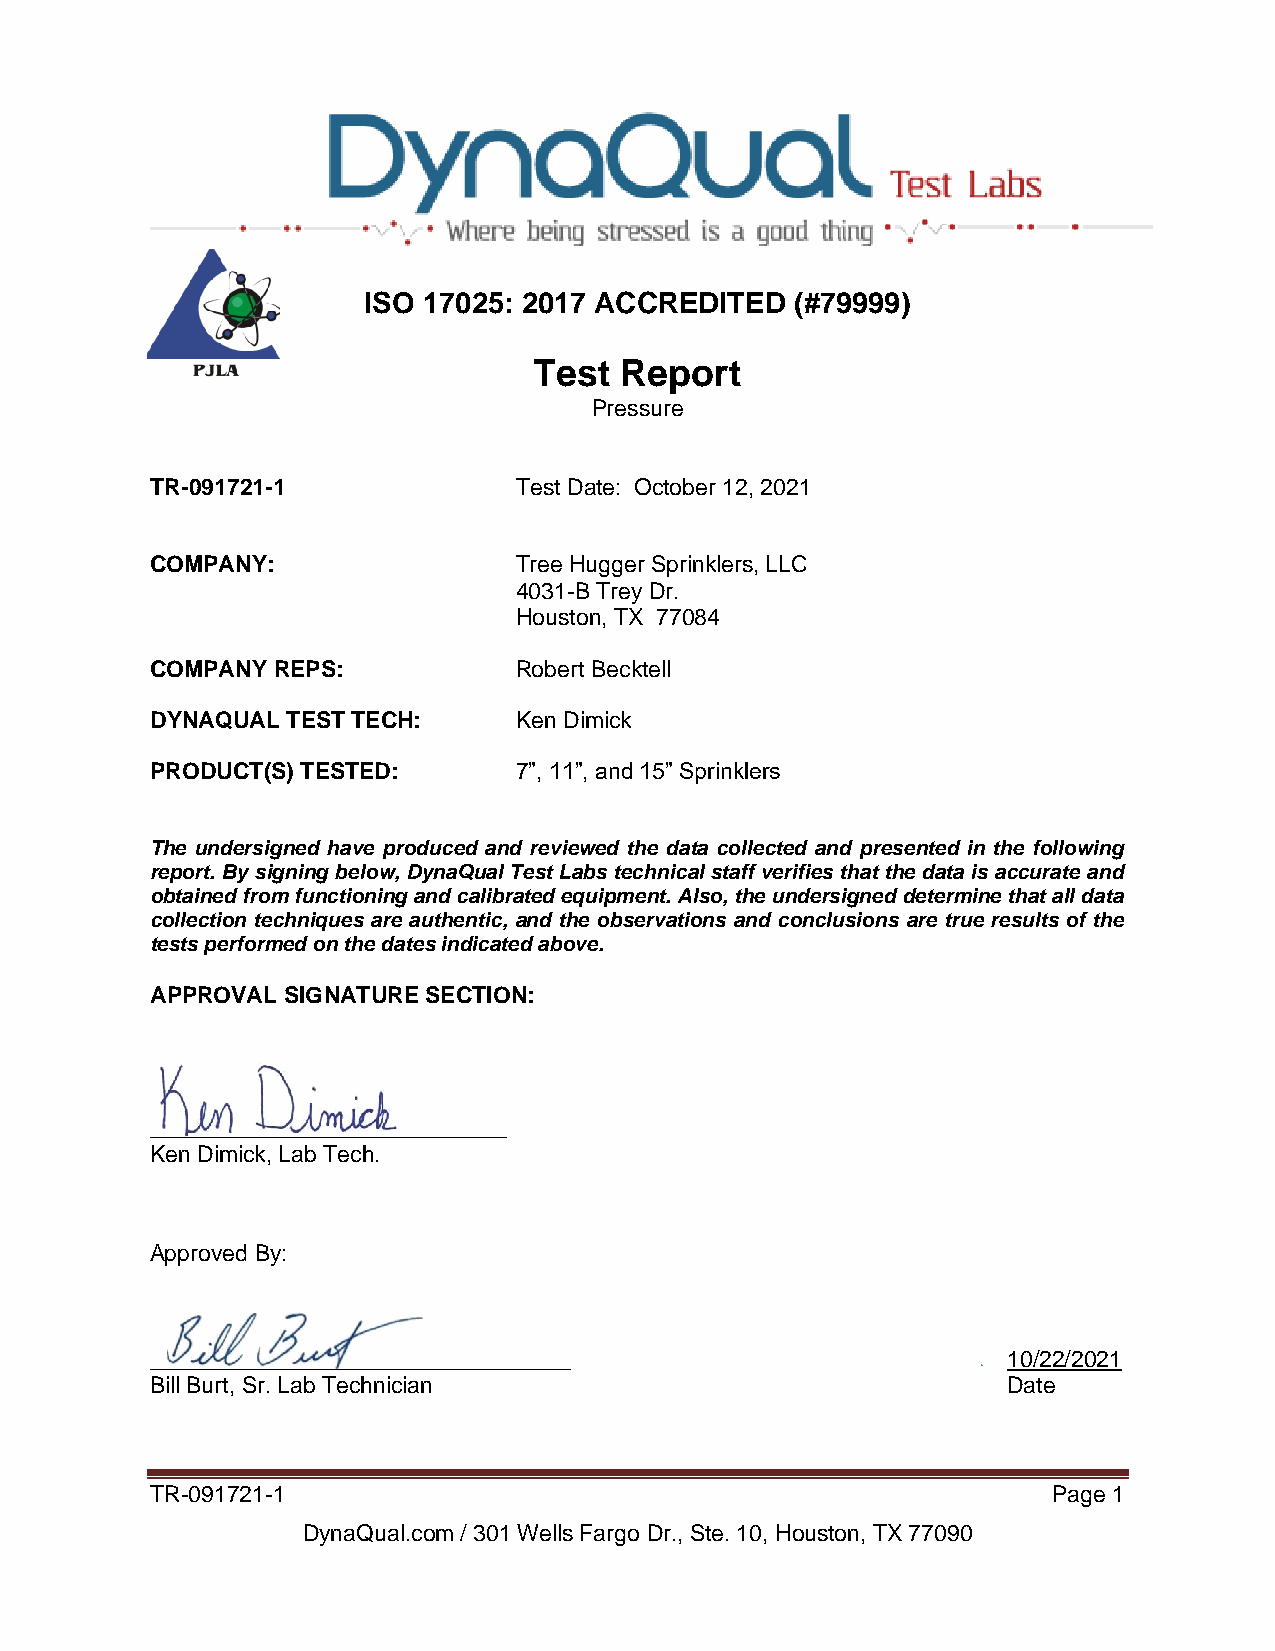
ISO 17025: 2017 ACCREDITED   (#79999)
 Test  Report
 Pressure
 TR-091721-1             Test Date: October 12, 2021
 COMPANY:                Tree Hugger Sprinklers, LLC
 4031-B Trey Dr.
 Houston, TX 77084
 COMPANY REPS:           Robert Becktell
 DYNAQUAL TEST TECH:     Ken Dimick
 PRODUCT(S) TESTED:      7”, 11”, and 15” Sprinklers
 The undersigned have produced and reviewed the data collected and presented in the following
 report. By signing below, DynaQual Test Labs technical staff verifies that the data is accurate and
 obtained from functioning and calibrated equipment. Also, the undersigned determine that all data
 collection techniques are authentic, and the observations and conclusions are true results of the
 tests performed on the dates indicated above.
 APPROVAL SIGNATURE SECTION:
 ____________________________
 Ken Dimick, Lab Tech.
 Approved By:
 _________________________________                        10/22/2021
 Bill Burt, Sr. Lab Technician                            Date
 TR-091721-1                                                 Page 1
 DynaQual.com / 301 Wells Fargo Dr., Ste. 10, Houston, TX 77090